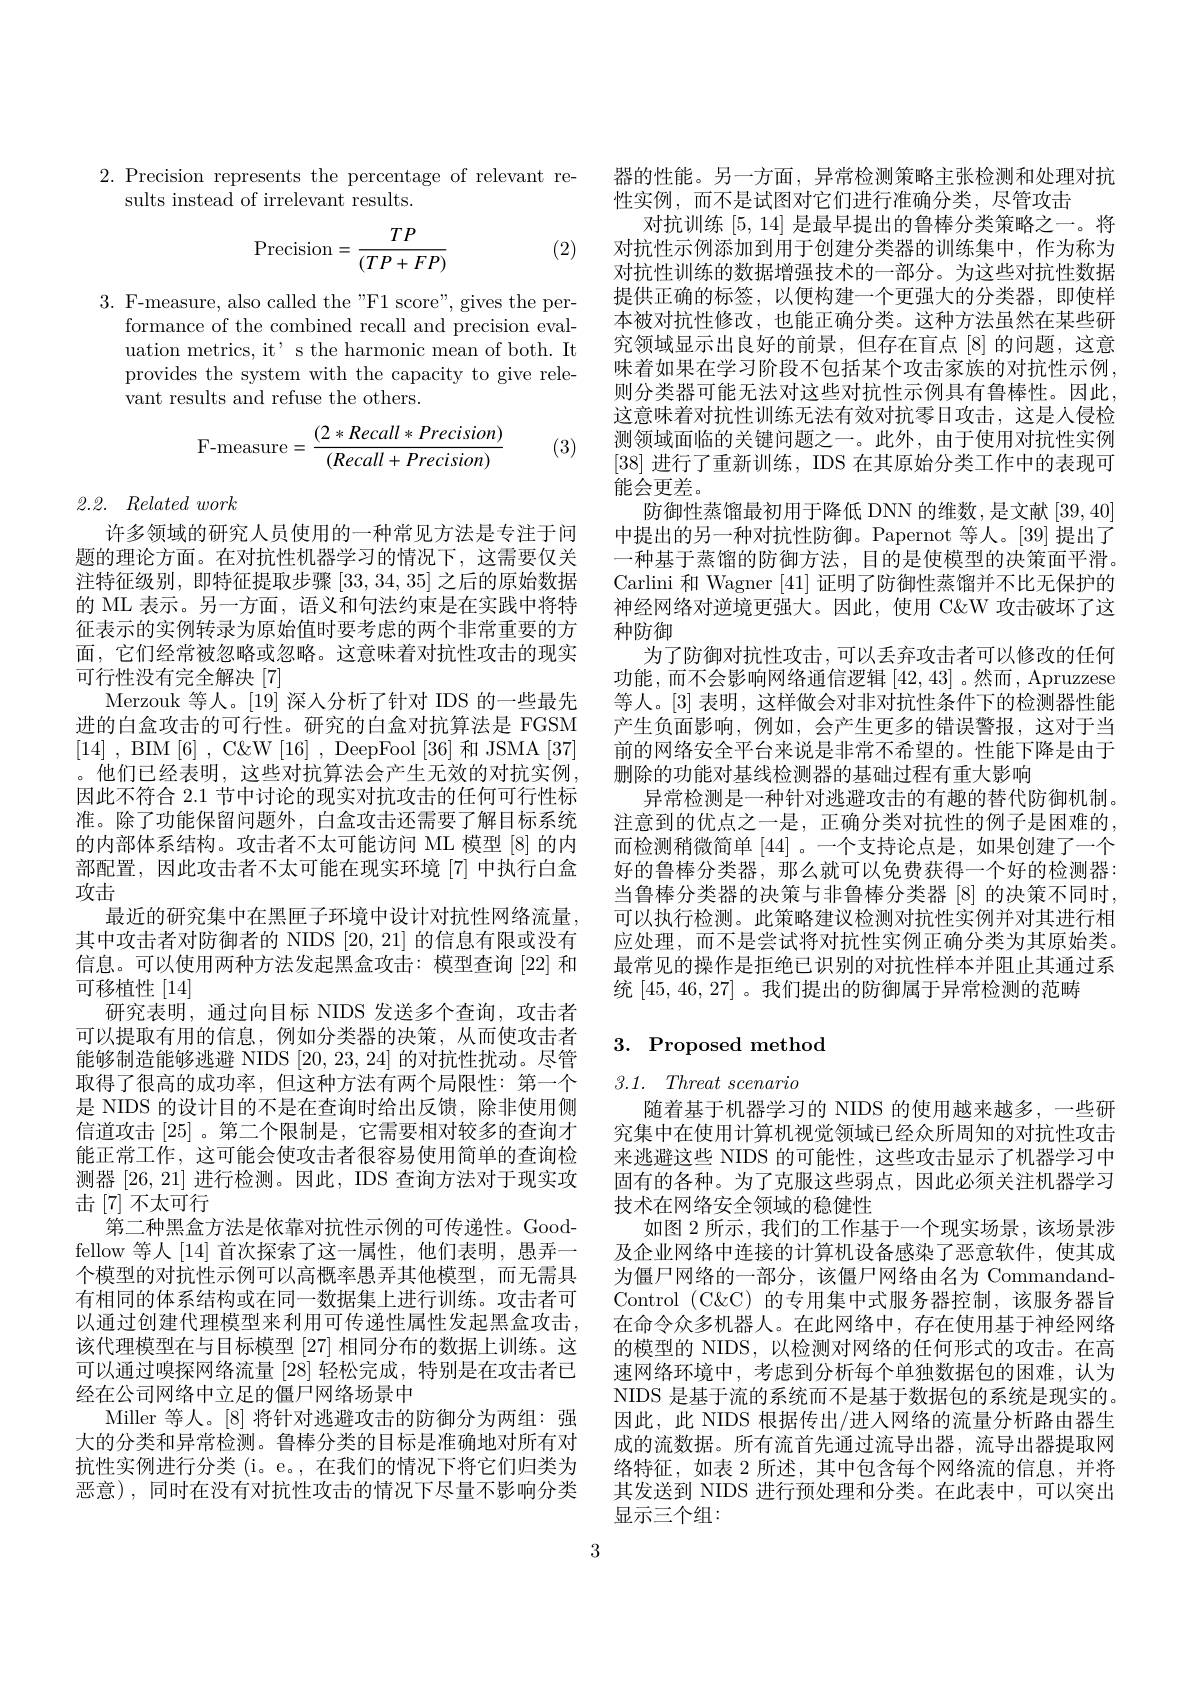
2. Precision represents the percentage of relevant re-
sults instead of irrelevant results.
$$\text{Precision}=\frac{TP}{(TP+FP)}$$
(2)

3. F-measure, also called the"F1 score", gives the per-
formance of the combined recall and precision evaluation metrics, it' s the harmonic mean of both. It provides the system with the capacity to give relevant results and refuse the others.
$$\mathrm{F-measure}=\frac{(2*Recall*Precision)}{(Recall+Precision)}$$
(3)

## 2.2. Related work

许多领域的研究人员使用的一种常见方法是专注于问题的理论方面。在对抗性机器学习的情况下，这需要仅关注特征级别，即特征提取步骤[33,34,35]之后的原始数据的 ML 表示。另一方面，语义和句法约束是在实践中将特征表示的实例转录为原始值时要考虑的两个非常重要的方面，它们经常被忽略或忽略。这意味着对抗性攻击的现实可行性没有完全解决[7]
Merzouk 等人。[19] 深入分析了针对 IDS 的一些最先进的白盒攻击的可行性。研究的白盒对抗算法是 FGSM [14] , BIM[6] , C&W[16] , DeepFool[36]和JSMA[37] 。他们已经表明，这些对抗算法会产生无效的对抗实例， 因此不符合 2.1 节中讨论的现实对抗攻击的任何可行性标准。除了功能保留问题外，白盒攻击还需要了解目标系统的内部体系结构。攻击者不太可能访问 ML 模型 [8] 的内部配置，因此攻击者不太可能在现实环境[7]中执行白盒攻击
最近的研究集中在黑匣子环境中设计对抗性网络流量， 其中攻击者对防御者的 NIDS [20,21]的信息有限或没有信息。可以使用两种方法发起黑盒攻击：模型查询[22]和可移植性[14]
研究表明，通过向目标 NIDS 发送多个查询，攻击者可以提取有用的信息，例如分类器的决策，从而使攻击者能够制造能够逃避 NIDS [20,23,24]的对抗性扰动。尽管取得了很高的成功率，但这种方法有两个局限性：第一个是 NIDS 的设计目的不是在查询时给出反馈，除非使用侧信道攻击[25] 。第二个限制是 , 它需要相对较多的查询才能正常工作，这可能会使攻击者很容易使用简单的查询检测器[26,21]进行检测。因此，IDS 查询方法对于现实攻击[7]不太可行
第二种黑盒方法是依靠对抗性示例的可传递性。Goodfellow 等人[14]首次探索了这一属性，他们表明，愚弄一个模型的对抗性示例可以高概率愚弄其他模型，而无需具有相同的体系结构或在同一数据集上进行训练。攻击者可以通过创建代理模型来利用可传递性属性发起黑盒攻击， 该代理模型在与目标模型[27]相同分布的数据上训练。这可以通过嗅探网络流量[28]轻松完成，特别是在攻击者已经在公司网络中立足的僵尸网络场景中
Miller 等人。[8] 将针对逃避攻击的防御分为两组：强大的分类和异常检测。鲁棒分类的目标是准确地对所有对抗性实例进行分类 (i。e。, 在我们的情况下将它们归类为恶意),同时在没有对抗性攻击的情况下尽量不影响分类

器的性能。另一方面，异常检测策略主张检测和处理对抗
性实例，而不是试图对它们进行准确分类，尽管攻击
对抗训练[5,14]是最早提出的鲁棒分类策略之一。将对抗性示例添加到用于创建分类器的训练集中，作为称为对抗性训练的数据增强技术的一部分。为这些对抗性数据提供正确的标签，以便构建一个更强大的分类器，即使样本被对抗性修改，也能正确分类。这种方法虽然在某些研究领域显示出良好的前景，但存在盲点[8]的问题，这意味着如果在学习阶段不包括某个攻击家族的对抗性示例， 则分类器可能无法对这些对抗性示例具有鲁棒性。因此， 这意味着对抗性训练无法有效对抗零日攻击，这是人侵检测领域面临的关键问题之一。此外，由于使用对抗性实例[38]进行了重新训练，IDS 在其原始分类工作中的表现可能会更差。
防御性蒸馏最初用于降低 DNN 的维数，是文献[39,40] 中提出的另一种对抗性防御。Papernot 等人。[39] 提出了一种基于蒸馏的防御方法，目的是使模型的决策面平滑。Carlini 和 Wagner [41]证明了防御性蒸馏并不比无保护的神经网络对逆境更强大。因此，使用 C&W 攻击破坏了这种防御
为了防御对抗性攻击，可以丢弃攻击者可以修改的任何功能，而不会影响网络通信逻辑[42,43] 。然而，Apruzzese 等人。[3] 表明，这样做会对非对抗性条件下的检测器性能产生负面影响，例如，会产生更多的错误警报，这对于当前的网络安全平台来说是非常不希望的。性能下降是由于删除的功能对基线检测器的基础过程有重大影响
异常检测是一种针对逃避攻击的有趣的替代防御机制。注意到的优点之一是，正确分类对抗性的例子是困难的， 而检测稍微简单[44] 。一个支持论点是，如果创建了一个好的鲁棒分类器，那么就可以免费获得一个好的检测器： 当鲁棒分类器的决策与非鲁棒分类器[8]的决策不同时， 可以执行检测。此策略建议检测对抗性实例并对其进行相应处理，而不是尝试将对抗性实例正确分类为其原始类。最常见的操作是拒绝已识别的对抗性样本并阻止其通过系统[45,46,27] 。我们提出的防御属于异常检测的范畴

## 3. Proposed method

# 3.1. Threat scenario

随着基于机器学习的 NIDS 的使用越来越多，一些研究集中在使用计算机视觉领域已经众所周知的对抗性攻击来逃避这些 NIDS 的可能性，这些攻击显示了机器学习中固有的各种。为了克服这些弱点，因此必须关注机器学习技术在网络安全领域的稳健性
如图 2 所示，我们的工作基于一个现实场景，该场景涉及企业网络中连接的计算机设备感染了恶意软件，使其成为僵尸网络的一部分，该僵尸网络由名为 CommandandControl (C&CC)的专用集中式服务器控制，该服务器旨在命令众多机器人。在此网络中，存在使用基于神经网络的模型的 NIDS, 以检测对网络的任何形式的攻击。在高速网络环境中，考虑到分析每个单独数据包的困难，认为NIDS 是基于流的系统而不是基于数据包的系统是现实的。因此，此 NIDS 根据传出/进入网络的流量分析路由器生成的流数据。所有流首先通过流导出器，流导出器提取网络特征，如表 2 所述，其中包含每个网络流的信息，并将其发送到 NIDS 进行预处理和分类。在此表中，可以突出显示三个组：

3